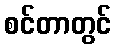
စင်တာတွင်